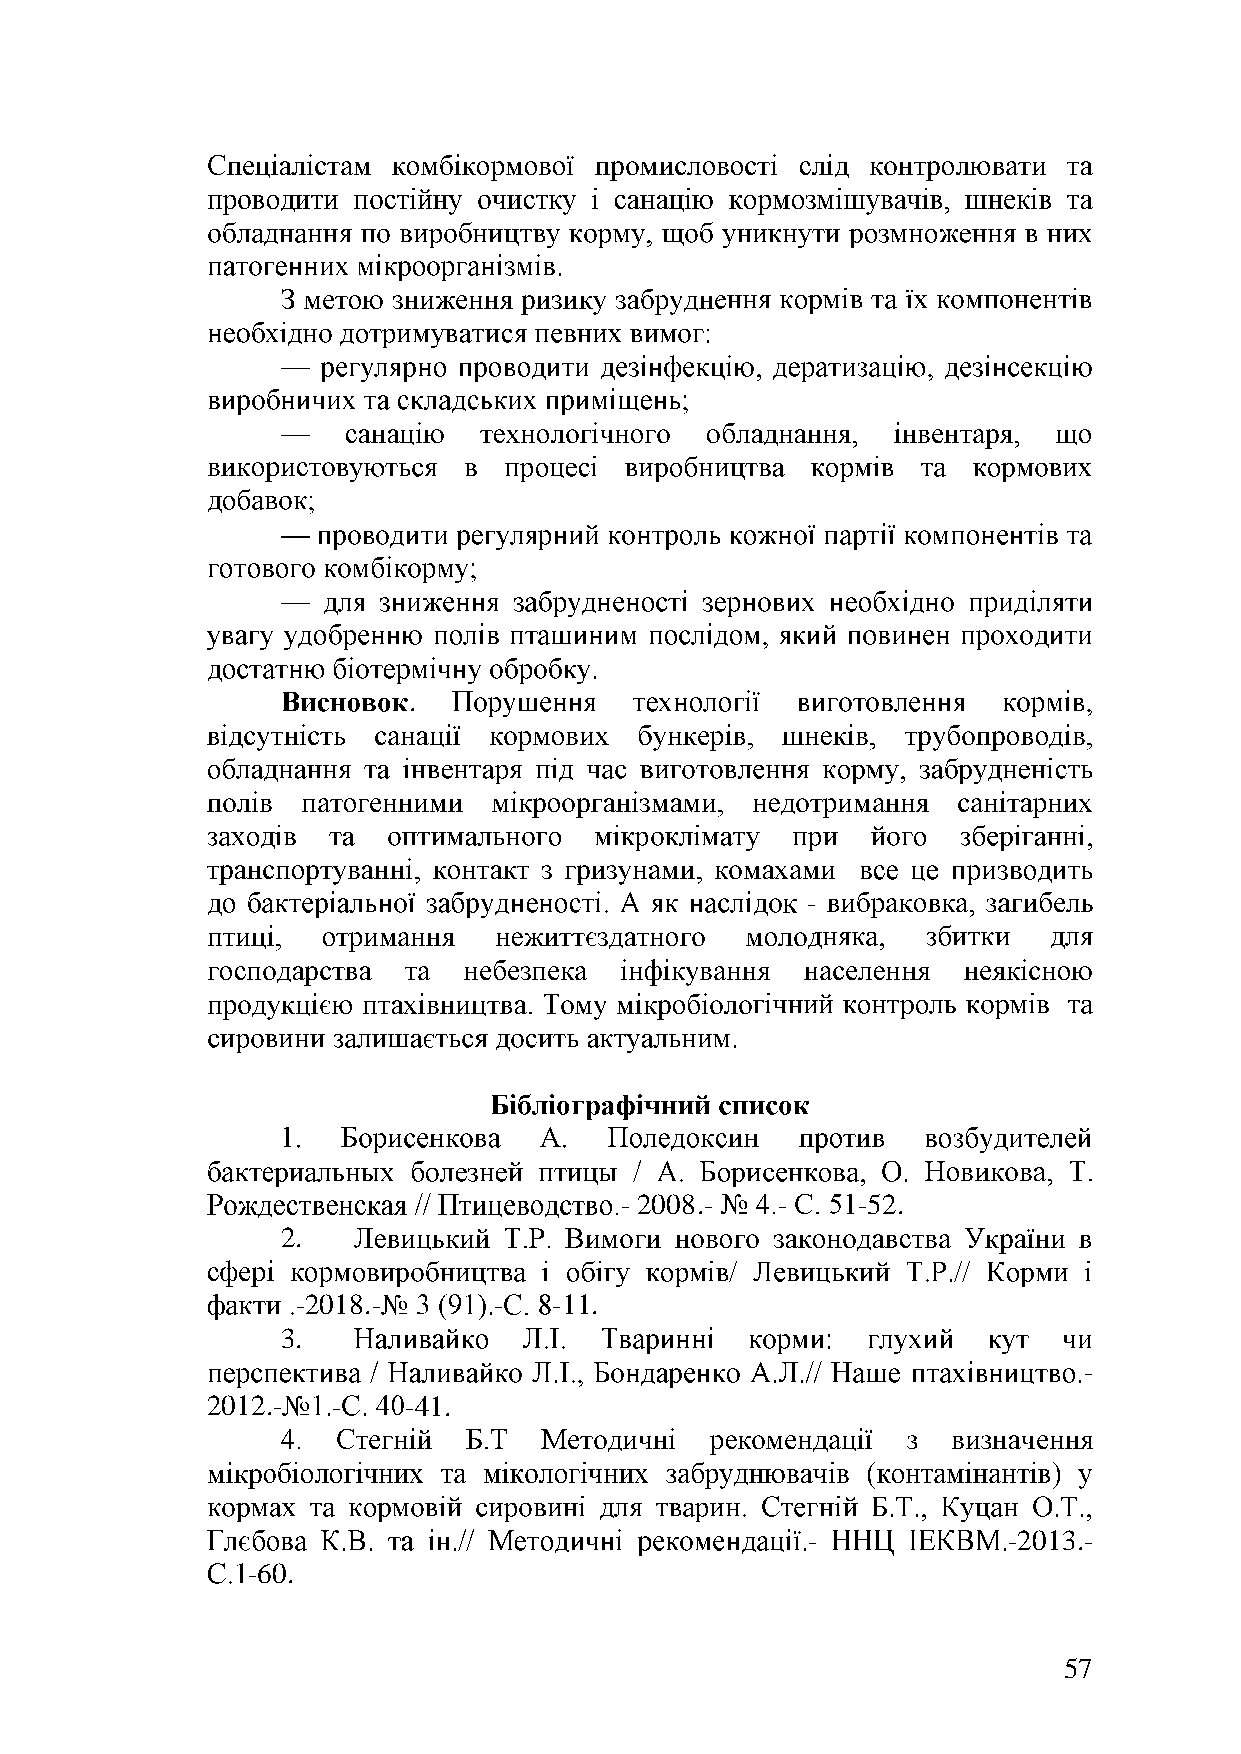
.
 -
 - 2008.-  -     -52.
 2.
 -2018.-      -   -11.
 3.
 -
 2012.-  -    -41.
 -             -2013.-
 -60.
 57